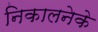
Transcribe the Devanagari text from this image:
निकालनेके